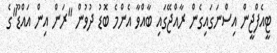
ޓީއެފްޖީން އިސްނަގައިގެން ރާއްޖޭގައި ބާއްވާ އެންމެ ބޮޑު ދުވުން "ރަން އިން އައްޑޫ"ގެ